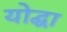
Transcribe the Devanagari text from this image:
योद्घा